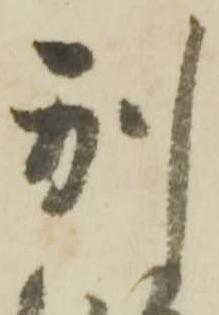
別